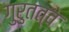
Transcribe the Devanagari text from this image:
गुरुतत्व